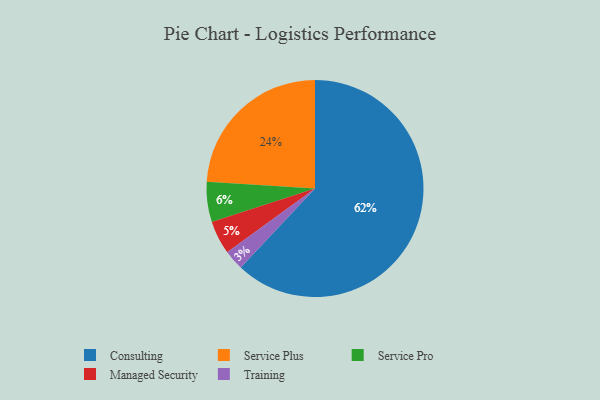
{"axis": {"x": "Category", "y": "Percentage"}, "legend": ["Consulting", "Managed Security", "Service Plus", "Service Pro", "Training"], "data": [{"x": "Managed Security", "y": 5, "type": "Managed Security"}, {"x": "Service Plus", "y": 24, "type": "Service Plus"}, {"x": "Service Pro", "y": 6, "type": "Service Pro"}, {"x": "Consulting", "y": 62, "type": "Consulting"}, {"x": "Training", "y": 3, "type": "Training"}]}